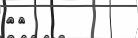
٩٨